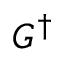
G ^ { \dagger }